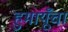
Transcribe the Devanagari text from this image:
हुमायूँचा